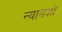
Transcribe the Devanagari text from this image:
न्यायज्ञों